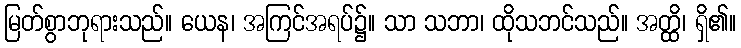
မြတ်စွာဘုရားသည်။ ယေန၊ အကြင်အရပ်၌။ သာ သဘာ၊ ထိုသဘင်သည်။ အတ္ထိ၊ ရှိ၏။